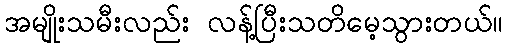
အမျိုးသမီးလည်း လန့်ပြီးသတိမေ့သွားတယ်။